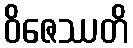
ဝိဇေဿတိ